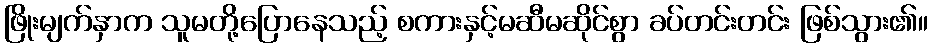
ဖြိုးမျက်နှာက သူမတို့ပြောနေသည့် စကားနှင့်မဆီမဆိုင်စွာ ခပ်တင်းတင်း ဖြစ်သွား၏။